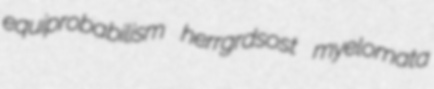
equiprobabilism herrgrdsost myelomata